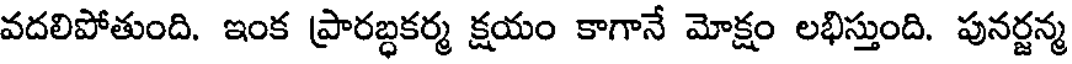
వదలిపోతుంది. ఇంక ప్రారబ్ధకర్మ క్షయం కాగానే మోక్షం లభిస్తుంది. పునర్జన్మ